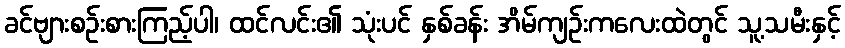
ခင်ဗျားစဉ်းစားကြည့်ပါ၊ ထင်လင်း၏ သုံးပင် နှစ်ခန်း အိမ်ကျဉ်းကလေးထဲတွင် သူ့သမီးနှင့်